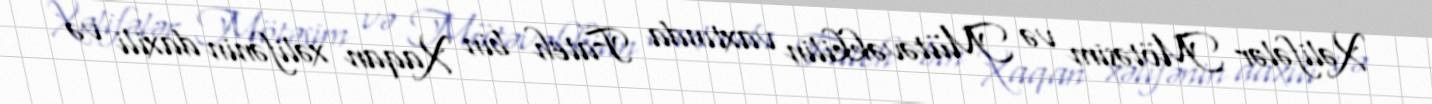
Xəlifələr Mötəsim və Mütəvəkkilin vaxtında Fateh bin Xaqan xəlifənin daxili və